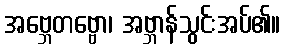
အဗ္ဘေတဗ္ဗော၊ အဗ္ဘာန်သွင်းအပ်၏။